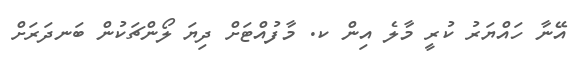
އޭނާ ހައްޔަރު ކުރީ މާލެ އިން ކ. މާފުއްޓަށް ދިޔަ ލޯންޗަކުން ބަނދަރަށް